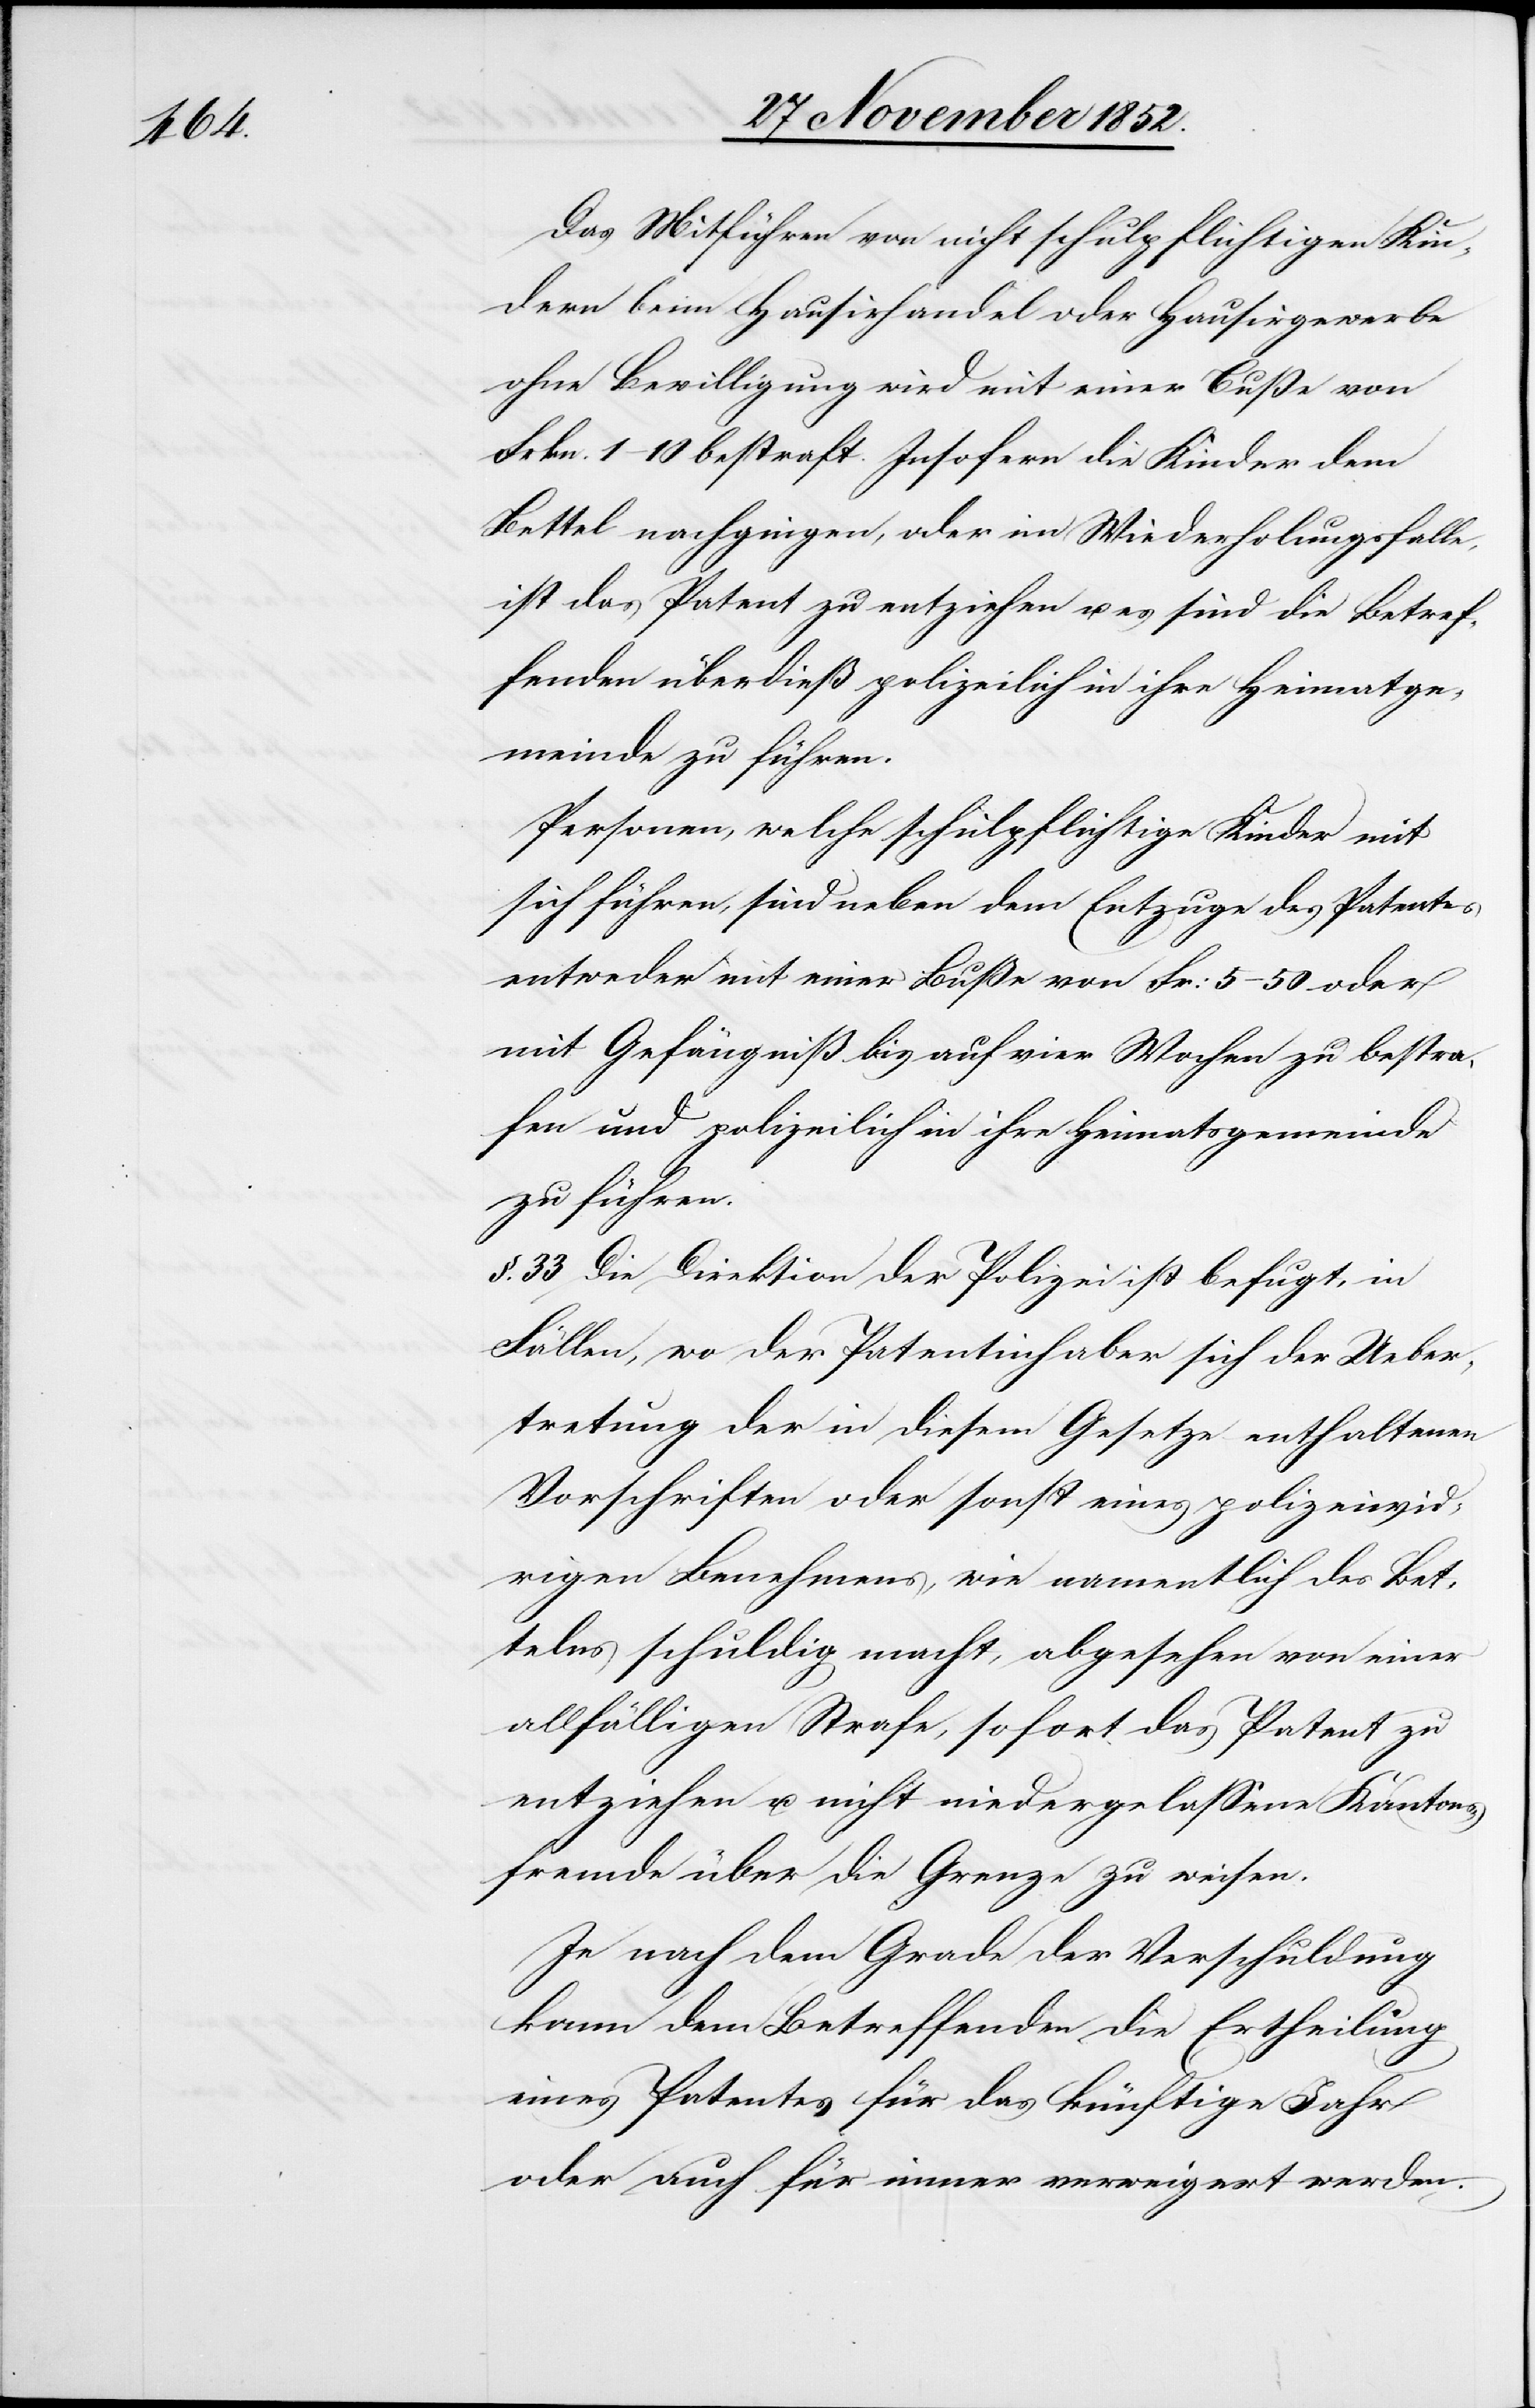
Das Mitführen von nicht schulpflichtigen Kin¬
dern beim Hausirhandel oder Hausirgewerbe
ohne Bewilligung wird mit einer Buße von
Frkn. 1–10 bestraft. Insofern die Kinder dem
Bettel nachgingen, oder im Wiederholungsfalle,
ist das Patent zu entziehen u. es sind die Betref¬
fenden überdieß polizeilich in ihre Heimatge¬
meinde zu führen.
Personen, welche schulpflichtige Kinder mit
sich führen, sind neben dem Entzuge des Patentes
entweder mit einer Buße von Fr: 5–50 oder
mit Gefängniß bis auf vier Wochen zu bestra¬
fen und polizeilich in ihre Heimatsgemeinde
zu führen.
§. 33 Die Direktion der Polizei ist befugt, in
Fällen, wo der Patentinhaber sich der Ueber¬
tretung der in diesem Gesetze enthaltenen
Vorschriften oder sonst eines polizeiwid¬
rigen Benehmens, wie namentlich des Bet¬
telns schuldig macht, abgesehen von einer
allfälligen Strafe, sofort das Patent zu
entziehen u. nicht niedergelassene Kantons¬
fremde über die Grenze zu weisen.
Je nach dem Grade der Verschuldung
kann dem Betreffenden die Ertheilung
eines Patentes für das künftige Jahr
oder auch für immer verweigert werden.